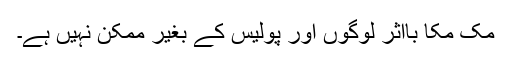
مک مکا بااثر لوگوں اور پولیس کے بغیر ممکن نہیں ہے۔